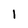
Character: 1